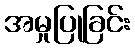
အမှုပြုခြင်း